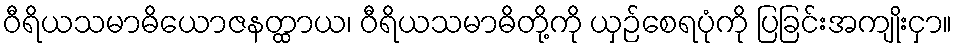
ဝီရိယသမာဓိယောဇနတ္ထာယ၊ ဝီရိယသမာဓိတို့ကို ယှဉ်စေရပုံကို ပြခြင်းအကျိုးငှာ။